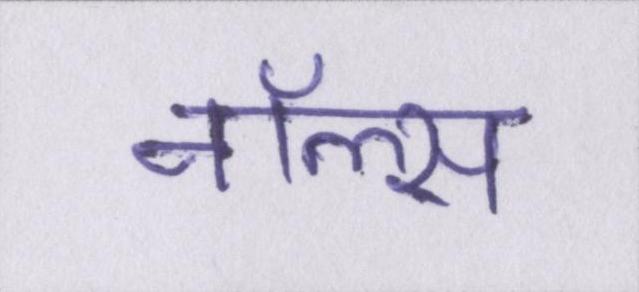
नॉल्स